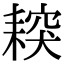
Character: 𦔅